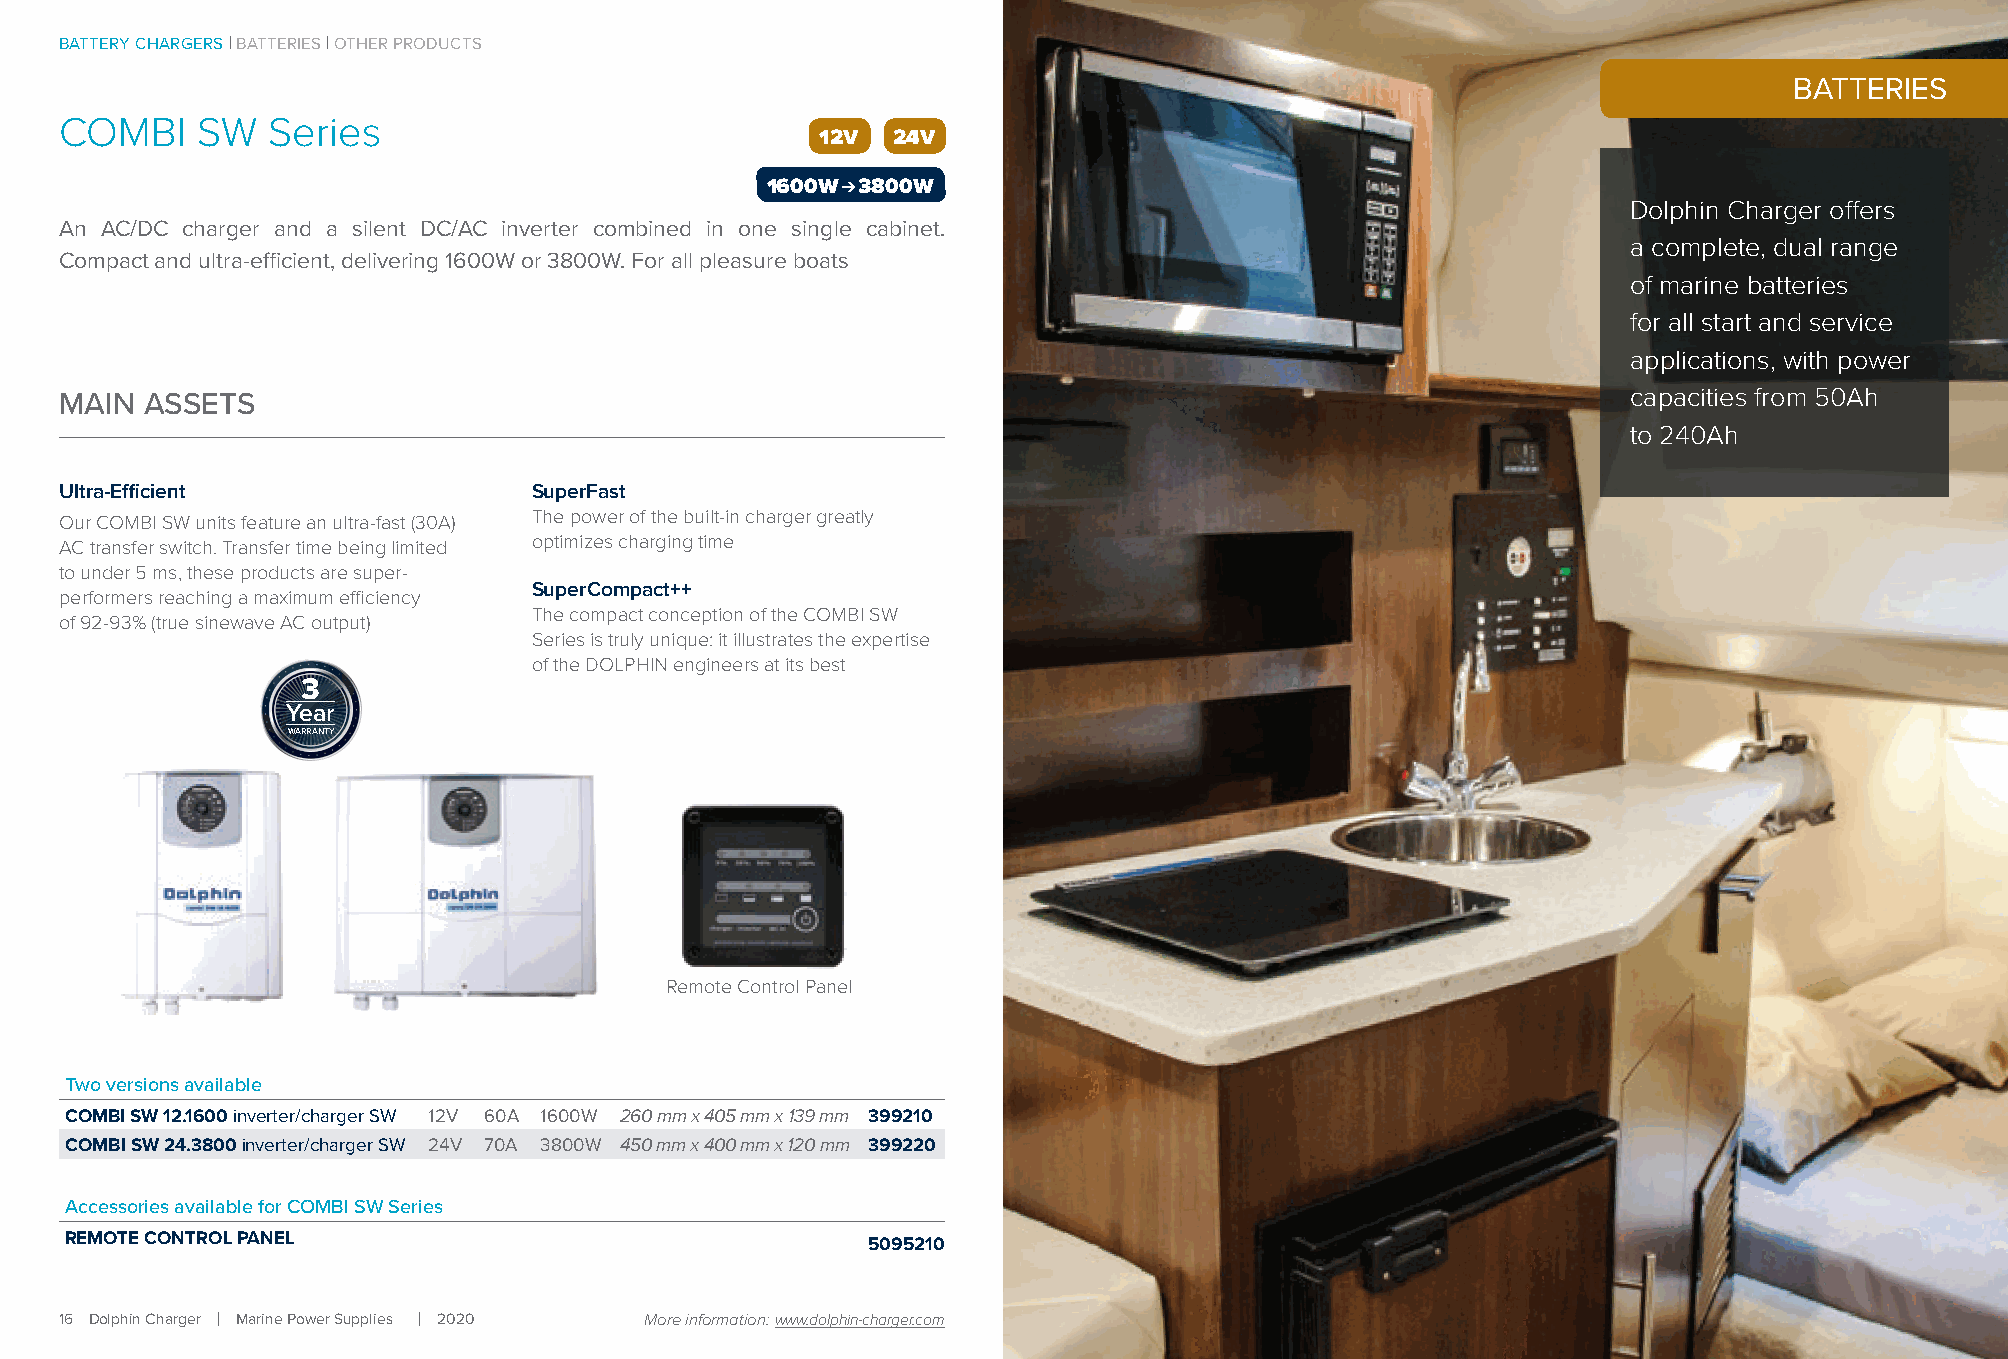
BATTERY CHARGERS BATTERIES OTHER PRODUCTS
 BATTERIES
 COMBI    SW   Series
 12V  24V
 1600W ➔ 3800W
 Dolphin Charger offers
 An AC/DC charger and a silent DC/AC inverter combined in one single cabinet.
 a complete, dual range
 Compact and ultra-efficient, delivering 1600W or 3800W. For all pleasure boats
 of marine batteries
 for all start and service
 applications, with power
 MAIN  ASSETS                                                                                            capacities from 50Ah
 to 240Ah
 Ultra-Efficient                SuperFast
 Our COMBI SW units feature an ultra-fast (30A) The power of the built-in charger greatly
 AC transfer switch. Transfer time being limited optimizes charging time
 to under 5 ms, these products are super-
 SuperCompact++
 performers reaching a maximum efficiency
 The compact conception of the COMBI SW
 of 92-93% (true sinewave AC output)
 Series is truly unique: it illustrates the expertise
 of the DOLPHIN engineers at its best
 3
 Year
 WARRANTY
 Remote Control Panel
 Two versions available
 COMBI SW 12.1600 inverter/charger SW 12V 60A 1600W 260 mm x 405 mm x 139 mm 399210
 COMBI SW 24.3800 inverter/charger SW 24V 70A 3800W 450 mm x 400 mm x 120 mm 399220
 Accessories available for COMBI SW Series
 REMOTE CONTROL PANEL                                 5095210
 16 Dolphin Charger Marine Power Supplies 2020 More information: www.dolphin-charger.com           2020 Marine Power Supplies Dolphin Charger